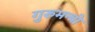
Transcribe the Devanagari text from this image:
गुरुमन्त्रो